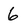
Character: 6